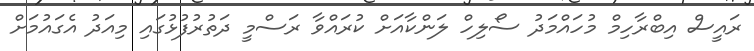
ރައީސް އިބްރާހިމް މުހައްމަދު ސޯލިހް ލަންކާއަށް ކުރައްވާ ރަސްމީ ދަތުރުފުޅުގައި މިއަދު އެގައުމަށް